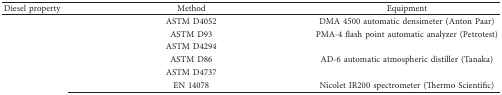
<table><thead><tr><td><b>Diesel property</b></td><td><b>Method</b></td><td><b>Equipment</b></td></tr></thead><tbody><tr><td>[EMPTY_CELL]</td><td>ASTM D4052</td><td>DMA 4500 automatic densimeter (Anton Paar)</td></tr><tr><td>[EMPTY_CELL]</td><td>ASTM D93</td><td>PMA-4 flash point automatic analyzer (Petrotest)</td></tr><tr><td>[EMPTY_CELL]</td><td>ASTM D4294</td><td>[EMPTY_CELL]</td></tr><tr><td>[EMPTY_CELL]</td><td>ASTM D86</td><td>AD-6 automatic atmospheric distiller (Tanaka)</td></tr><tr><td>[EMPTY_CELL]</td><td>ASTM D4737</td><td>[EMPTY_CELL]</td></tr><tr><td>[EMPTY_CELL]</td><td>EN 14078</td><td>Nicolet IR200 spectrometer (Thermo Scientific)</td></tr></tbody></table>